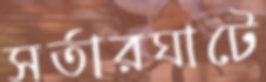
সর্তারঘাটে